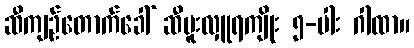
ဆီကျဉ်တောက်ခေါ် ဆီဗူးလှူရကျိုး ၅-ပါး ဂါထာ။